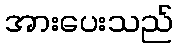
အားပေးသည်